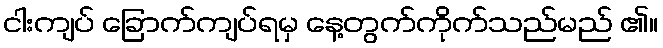
ငါးကျပ် ခြောက်ကျပ်ရမှ နေ့တွက်ကိုက်သည်မည် ၏။